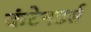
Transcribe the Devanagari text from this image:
कंटेनडर्स